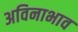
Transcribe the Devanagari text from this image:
अविनाभाव